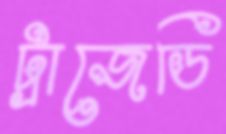
ট্রাজেডি